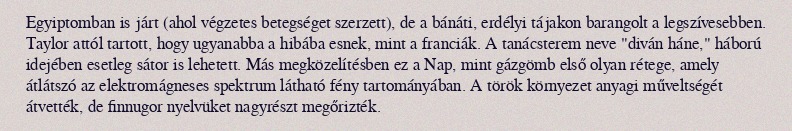
Egyiptomban is járt (ahol végzetes betegséget szerzett), de a bánáti, erdélyi tájakon barangolt a legszívesebben. Taylor attól tartott, hogy ugyanabba a hibába esnek, mint a franciák. A tanácsterem neve "diván háne," háború idejében esetleg sátor is lehetett. Más megközelítésben ez a Nap, mint gázgömb első olyan rétege, amely átlátszó az elektromágneses spektrum látható fény tartományában. A török környezet anyagi műveltségét átvették, de finnugor nyelvüket nagyrészt megőrizték.